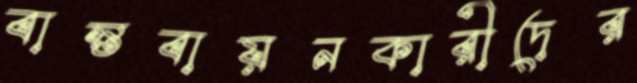
বাস্তবায়নকারীদের